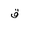
Letter: _qaf